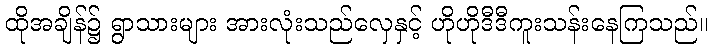
ထိုအချိန်၌ ရွာသားများ အားလုံးသည်လှေနှင့် ဟိုဟိုဒီဒီကူးသန်းနေကြသည်။